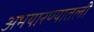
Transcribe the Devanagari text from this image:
अभयारण्यातली